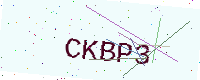
Text: CKBP3